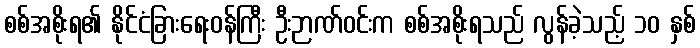
စစ်အစိုးရ၏ နိုင်ငံခြားရေးဝန်ကြီး ဦးဉာဏ်ဝင်းက စစ်အစိုးရသည် လွန်ခဲ့သည့် ၁၀ နှစ်